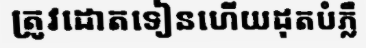
ត្រូវដោតទៀនហើយដុតបំភ្លឺ